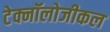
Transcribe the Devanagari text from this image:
टेक्नॉलोजीकल